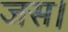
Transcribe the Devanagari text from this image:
जस।